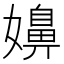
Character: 嬶